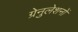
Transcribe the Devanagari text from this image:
ग्रेनुलेशनों